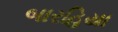
બારહિયા